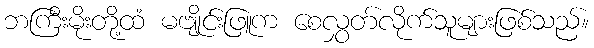
ဘကြီးမိုးတို့ထံ မဗျိုင်းဖြူက စေလွှတ်လိုက်သူများဖြစ်သည်။